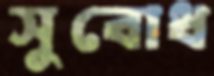
সুবোধ